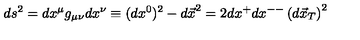
d s ^ { 2 } = d x ^ { \mu } g _ { \mu \nu } d x ^ { \nu } \equiv ( d x ^ { 0 } ) ^ { 2 } - { d \vec { x } } ^ { 2 } = 2 d x ^ { + } d x ^ { -- } \left( d \vec { x } _ { T } \right) ^ { 2 }